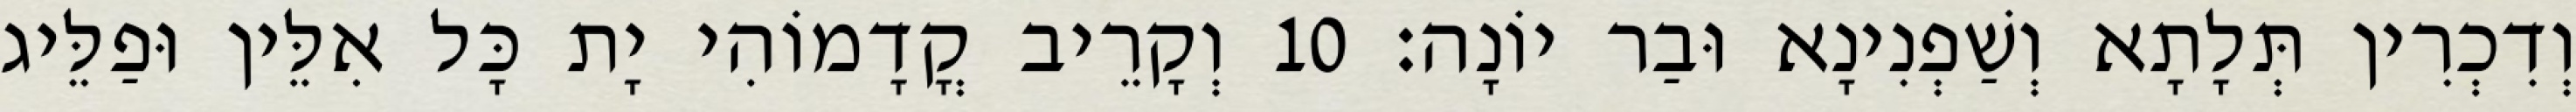
וְדִכְרִין תְּלָתָא וְשַׁפְנִינָא וּבַר יוֹנָה׃ 10 וְקָרֵיב קֳדָמוֹהִי יָת כָּל אִלֵּין וּפַלֵּיג